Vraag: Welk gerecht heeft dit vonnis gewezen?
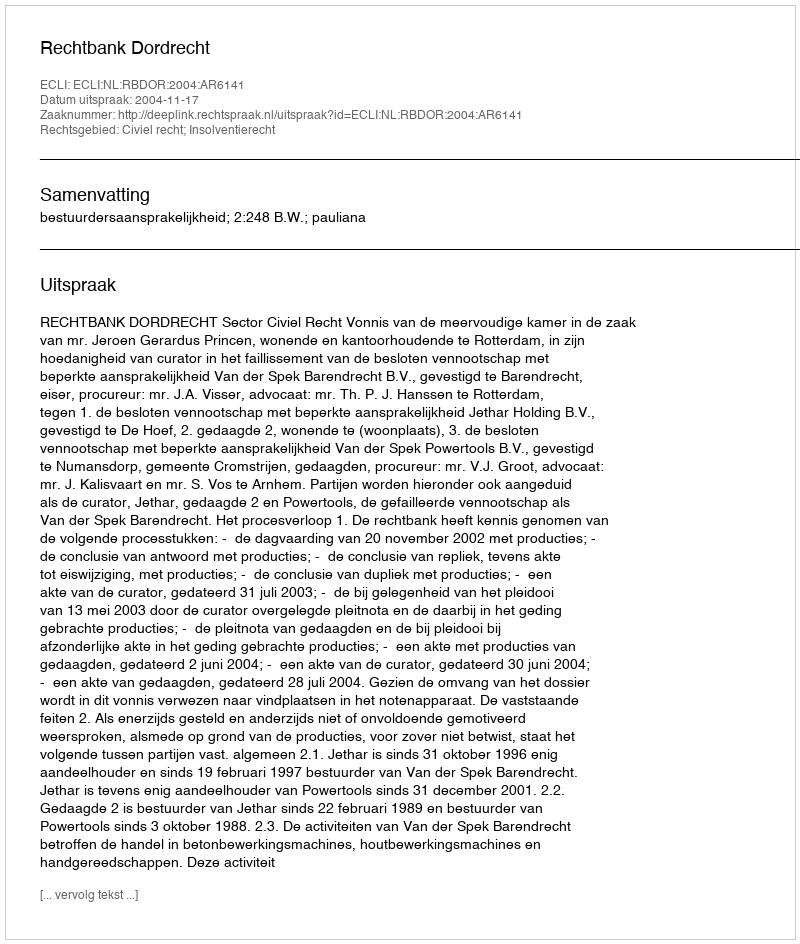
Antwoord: Rechtbank Dordrecht